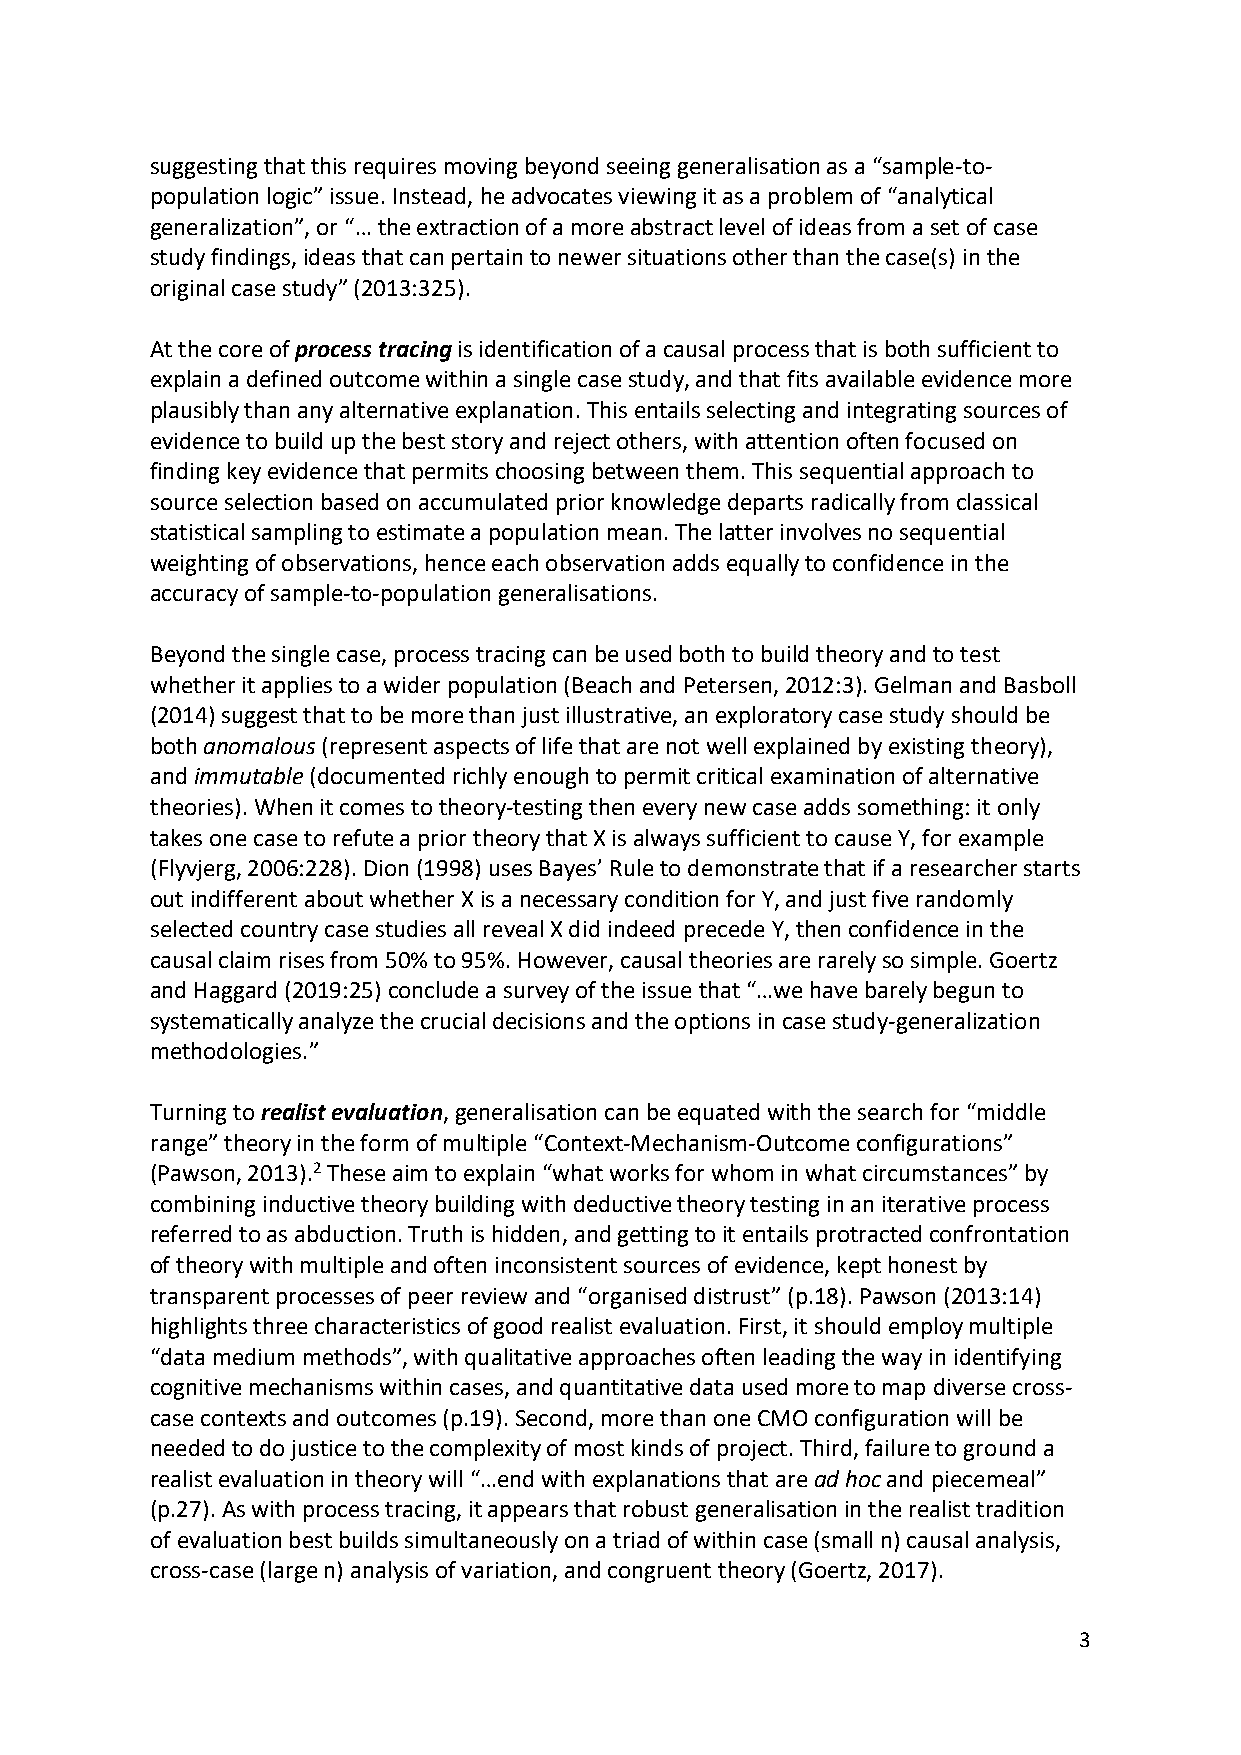
suggesting that this requires moving beyond seeing generalisation as a “sample-to-
 population logic” issue. Instead, he advocates viewing it as a problem of “analytical
 generalization”, or “… the extraction of a more abstract level of ideas from a set of case
 study findings, ideas that can pertain to newer situations other than the case(s) in the
 original case study” (2013:325).
 At the core of process tracing is identification of a causal process that is both sufficient to
 explain a defined outcome within a single case study, and that fits available evidence more
 plausibly than any alternative explanation. This entails selecting and integrating sources of
 evidence to build up the best story and reject others, with attention often focused on
 finding key evidence that permits choosing between them. This sequential approach to
 source selection based on accumulated prior knowledge departs radically from classical
 statistical sampling to estimate a population mean. The latter involves no sequential
 weighting of observations, hence each observation adds equally to confidence in the
 accuracy of sample-to-population generalisations.
 Beyond the single case, process tracing can be used both to build theory and to test
 whether it applies to a wider population (Beach and Petersen, 2012:3). Gelman and Basboll
 (2014) suggest that to be more than just illustrative, an exploratory case study should be
 both anomalous (represent aspects of life that are not well explained by existing theory),
 and immutable (documented richly enough to permit critical examination of alternative
 theories). When it comes to theory-testing then every new case adds something: it only
 takes one case to refute a prior theory that X is always sufficient to cause Y, for example
 (Flyvjerg, 2006:228). Dion (1998) uses Bayes’ Rule to demonstrate that if a researcher starts
 out indifferent about whether X is a necessary condition for Y, and just five randomly
 selected country case studies all reveal X did indeed precede Y, then confidence in the
 causal claim rises from 50% to 95%. However, causal theories are rarely so simple. Goertz
 and Haggard (2019:25) conclude a survey of the issue that “…we have barely begun to
 systematically analyze the crucial decisions and the options in case study-generalization
 methodologies.”
 Turning to realist evaluation, generalisation can be equated with the search for “middle
 range” theory in the form of multiple “Context-Mechanism-Outcome configurations”
 (Pawson, 2013).2 These aim to explain “what works for whom in what circumstances” by
 combining inductive theory building with deductive theory testing in an iterative process
 referred to as abduction. Truth is hidden, and getting to it entails protracted confrontation
 of theory with multiple and often inconsistent sources of evidence, kept honest by
 transparent processes of peer review and “organised distrust” (p.18). Pawson (2013:14)
 highlights three characteristics of good realist evaluation. First, it should employ multiple
 “data medium methods”, with qualitative approaches often leading the way in identifying
 cognitive mechanisms within cases, and quantitative data used more to map diverse cross-
 case contexts and outcomes (p.19). Second, more than one CMO configuration will be
 needed to do justice to the complexity of most kinds of project. Third, failure to ground a
 realist evaluation in theory will “…end with explanations that are ad hoc and piecemeal”
 (p.27). As with process tracing, it appears that robust generalisation in the realist tradition
 of evaluation best builds simultaneously on a triad of within case (small n) causal analysis,
 cross-case (large n) analysis of variation, and congruent theory (Goertz, 2017).
 3